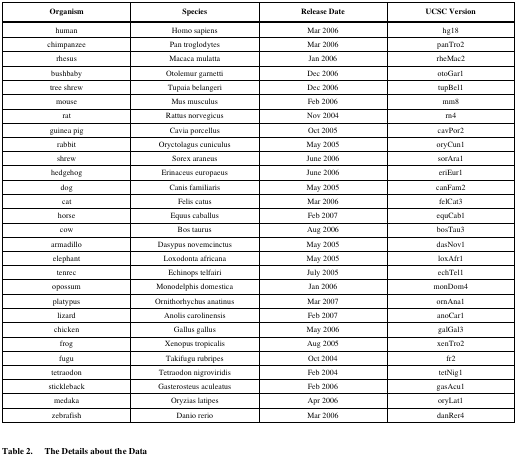
| Organism | Species | Release Date | UCSC Version |
 | --- | --- | --- | --- |
 | human | Homo sapiens | Mar 2006 | hg18 |
 | chimpanzee | Pan troglodytes | Mar 2006 | panTro2 |
 | rhesus | Macaca mulatta | Jan 2006 | rheMac2 |
 | bushbaby | Otolemur garnetti | Dec 2006 | otoGar1 |
 | tree shrew | Tupaia belangeri | Dec 2006 | tupBel1 |
 | mouse | Mus musculus | Feb 2006 | mm8 |
 | rat | Rattus norvegicus | Nov 2004 | rn4 |
 | guinea pig | Cavia porcellus | Oct 2005 | cavPor2 |
 | rabbit | Oryctolagus cuniculus | May 2005 | oryCun1 |
 | shrew | Sorex araneus | June 2006 | sorAra1 |
 | hedgehog | Erinaceus europaeus | June 2006 | eriEur1 |
 | dog | Canis familiaris | May 2005 | canFam2 |
 | cat | Felis catus | Mar 2006 | felCat3 |
 | horse | Equus caballus | Feb 2007 | equCab1 |
 | cow | Bos taurus | Aug 2006 | bosTau3 |
 | armadillo | Dasypus novemcinctus | May 2005 | dasNov1 |
 | elephant | Loxodonta africana | May 2005 | loxAfr1 |
 | tenrec | Echinops telfairi | July 2005 | echTel1 |
 | opossum | Monodelphis domestica | Jan 2006 | monDom4 |
 | platypus | Ornithorhychus anatinus | Mar 2007 | ornAna1 |
 | lizard | Anolis carolinensis | Feb 2007 | anoCar1 |
 | chicken | Gallus gallus | May 2006 | galGal3 |
 | frog | Xenopus tropicalis | Aug 2005 | xenTro2 |
 | fugu | Takifugu rubripes | Oct 2004 | fr2 |
 | tetraodon | Tetraodon nigroviridis | Feb 2004 | tetNig1 |
 | stickleback | Gasterosteus aculeatus | Feb 2006 | gasAcu1 |
 | medaka | Oryzias latipes | Apr 2006 | oryLat1 |
 | zebrafish | Danio rerio | Mar 2006 | danRer4 |